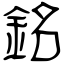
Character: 銘